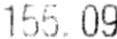
155.09